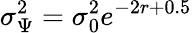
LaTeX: \sigma_{\Psi}^{2}=\sigma_{0}^{2}e^{-2r+0.5}